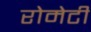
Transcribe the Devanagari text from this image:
रोमेटी